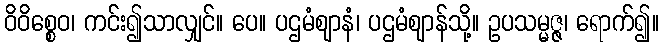
ဝိဝိစ္စေဝ၊ ကင်း၍သာလျှင်။ ပေ။ ပဌမံဈာနံ၊ ပဌမံဈာန်သို့။ ဥပသမ္မဇ္ဇ၊ ရောက်၍။